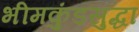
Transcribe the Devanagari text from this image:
भीमकुंडसुद्धा